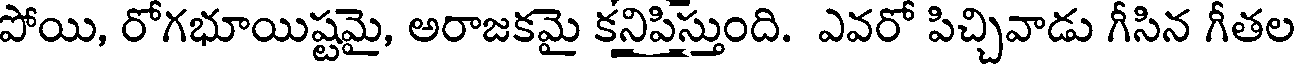
పోయి, రోగభూయిష్టమై, అరాజకమై కనిపిస్తుంది. ఎవరో పిచ్చివాడు గీసిన గీతల